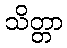
သိတ္တာ